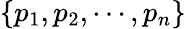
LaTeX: \{ p_{1},p_{2},\cdots,p_{n}\}